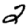
Digit: 2